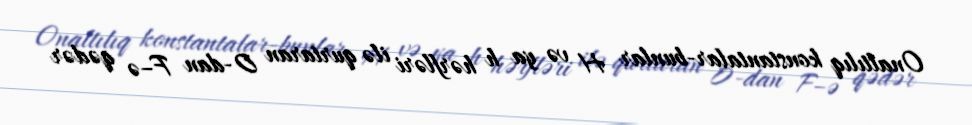
Onaltılıq konstantalar-bunlar H və ya h hərfləri ilə qurtaran 0-dan F–ə qədər